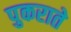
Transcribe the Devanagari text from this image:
पुकराते